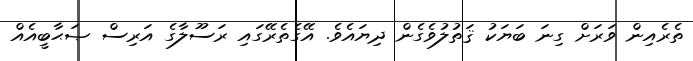
ތެރެއިން ވަރަށް ގިނަ ބަޔަކު ޤަތުލުވެގެން ދިޔައެވެ. އޭގެތެރޭގައި ރަސޫލާގެ އަރިސް ޞަޙާބީއެއް